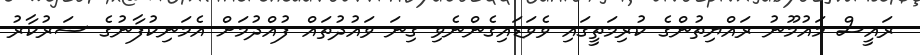
ރައީސް މައުމޫނު ރައްޔިތުންގެ ކުރިމަތީގައި ވެވަޑައިގެންނެވި ގިނަ ވައުދުތައް ފުއްދުމަށް އެމަނިކުފާނުގެ ސަރުކާރު